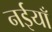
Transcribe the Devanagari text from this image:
नईयाँ